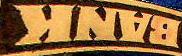
BANK